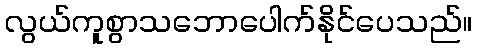
လွယ်ကူစွာသဘောပေါက်နိုင်ပေသည်။